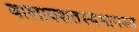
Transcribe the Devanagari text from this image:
बालाग्रशतस्यभागस्य